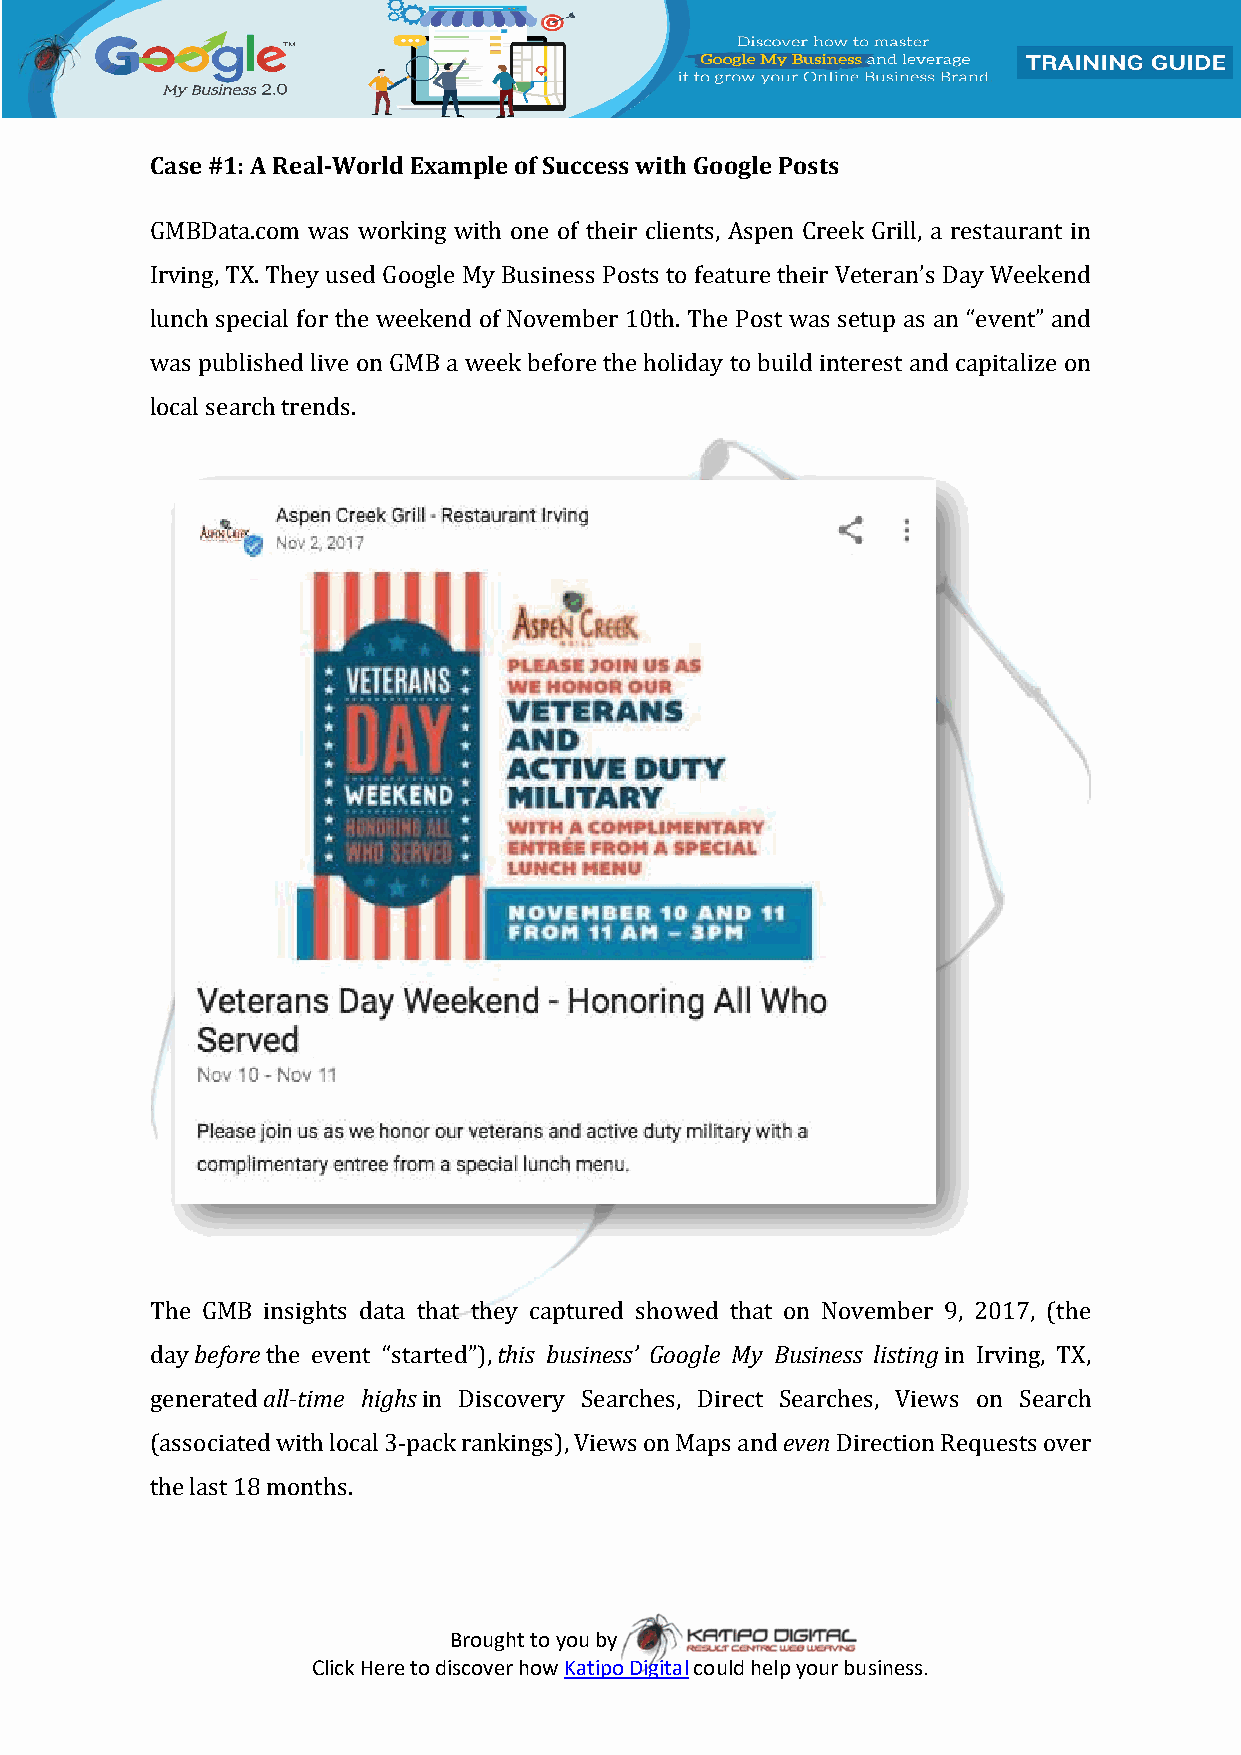
Case #1: A Real-World Example of Success with Google Posts
 GMBData.com was working with one of their clients, Aspen Creek Grill, a restaurant in
 Irving, TX. They used Google My Business Posts to feature their Veteran’s Day Weekend
 lunch special for the weekend of November 10th. The Post was setup as an “event” and
 was published live on GMB a week before the holiday to build interest and capitalize on
 local search trends.
 The GMB insights data that they captured showed that on November 9, 2017, (the
 day before the event “started”), this business’ Google My Business listing in Irving, TX,
 generated all-time highs in Discovery Searches, Direct Searches, Views on Search
 (associated with local 3-pack rankings), Views on Maps and even Direction Requests over
 the last 18 months.
 Brought to you by
 Click Here to discover how Katipo Digital could help your business.